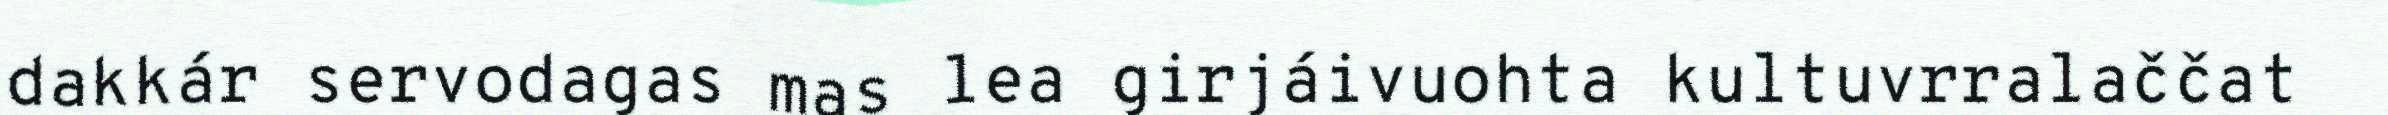
dakkár servodagas mas lea girjáivuohta kultuvrralaččat